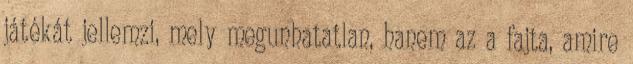
játékát jellemzi, mely megunhatatlan, hanem az a fajta, amire